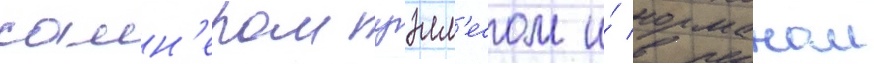
самн'ером уэлл'есом и́ норманом